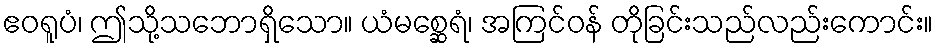
ဧဝရူပံ၊ ဤသို့သဘောရှိသော။ ယံမစ္ဆေရံ၊ အကြင်ဝန် တိုခြင်းသည်လည်းကောင်း။